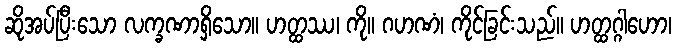
ဆိုအပ်ပြီးသော လက္ခဏာရှိသော။ ဟတ္ထဿ၊ ကို။ ဂဟဏံ၊ ကိုင်ခြင်းသည်။ ဟတ္ထဂ္ဂါဟော၊